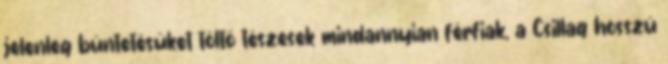
jelenleg büntetésüket töltő tészesek mindannyian férfiak, a Csillag hosszú